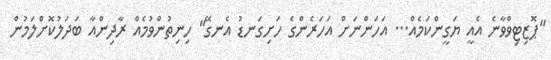
"ޕޮޒިޓިވްވާނެ އެއީ ޔަގީންކަމެއް... އަހަންނަށް އަހަރެންގެ ހަށިގަނޑު އެނގޭ" ހިނިތުންވުމެއް ރާދިންއާ ބަދަލުކޮށްލަމުން